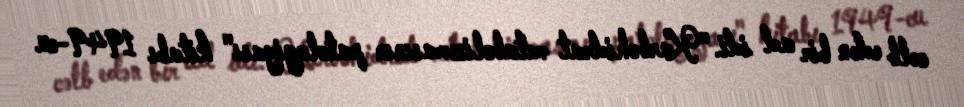
cəlb edən bir ad idi. "Karbohidrat metabolizmasının patologiyası" kitabı 1949-cu